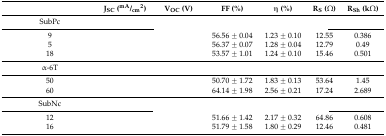
<table><thead><tr><td>[EMPTY_CELL]</td><td><b>J<sub>SC</sub> (<sup>mA</sup>/<sub>cm</sub><sup>2</sup>)</b></td><td><b>V<sub>OC</sub> (V)</b></td><td><b>FF (%)</b></td><td><b>η (%)</b></td><td><b>R<sub>S</sub> (Ω)</b></td><td><b>R<sub>Sh</sub> (kΩ)</b></td></tr></thead><tbody><tr><td>SubPc</td><td colspan="6">[EMPTY_CELL]</td></tr><tr><td>9</td><td>[EMPTY_CELL]</td><td>[EMPTY_CELL]</td><td>56.56 ± 0.04</td><td>1.23 ± 0.10</td><td>12.55</td><td>0.386</td></tr><tr><td>5</td><td>[EMPTY_CELL]</td><td>[EMPTY_CELL]</td><td>56.37 ± 0.07</td><td>1.28 ± 0.04</td><td>12.79</td><td>0.49</td></tr><tr><td>18</td><td>[EMPTY_CELL]</td><td>[EMPTY_CELL]</td><td>53.57 ± 1.01</td><td>1.24 ± 0.10</td><td>15.46</td><td>0.501</td></tr><tr><td>α-6T</td><td colspan="6">[EMPTY_CELL]</td></tr><tr><td>50</td><td>[EMPTY_CELL]</td><td>[EMPTY_CELL]</td><td>50.70 ± 1.72</td><td>1.83 ± 0.13</td><td>53.64</td><td>1.45</td></tr><tr><td>60</td><td>[EMPTY_CELL]</td><td>[EMPTY_CELL]</td><td>64.14 ± 1.98</td><td>2.56 ± 0.21</td><td>17.24</td><td>2.689</td></tr><tr><td>SubNc</td><td colspan="6">[EMPTY_CELL]</td></tr><tr><td>12</td><td>[EMPTY_CELL]</td><td>[EMPTY_CELL]</td><td>51.66 ± 1.42</td><td>2.17 ± 0.32</td><td>64.86</td><td>0.608</td></tr><tr><td>16</td><td>[EMPTY_CELL]</td><td>[EMPTY_CELL]</td><td>51.79 ± 1.58</td><td>1.80 ± 0.29</td><td>12.46</td><td>0.481</td></tr></tbody></table>